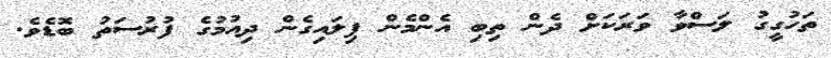
ތަހުގީގު ލަސްވާ ވަރަކަށް ދެން ތިބި އެންމެން ފިލައިގެން ދިއުމުގެ ފުރުސަތު ބޮޑެވެ.